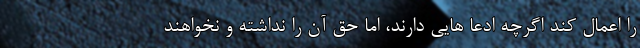
را اعمال کند اگرچه ادعا هایی دارند، اما حق آن را نداشته و نخواهند